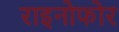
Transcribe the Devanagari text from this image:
राइनोफोर